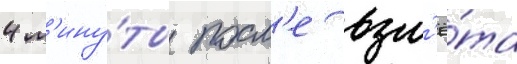
4 м'ину́ты посл'е взл'ё́та